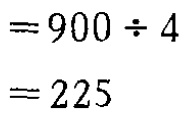
\begin{align*}
&=900\div 4\\
&=225
\end{align*}